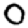
Digit: 0